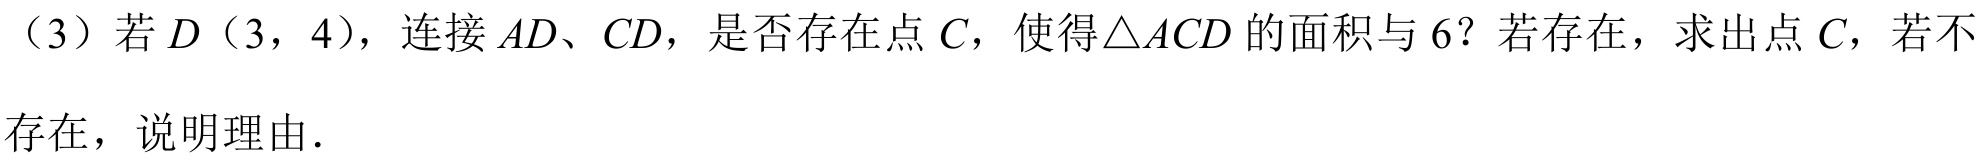
（3）若 \(D(3,4)\)，连接 \(AD\)、\(CD\)，是否存在点 \(C\)，使得\(\triangle ACD\) 的面积与 \(6\)？若存在，求出点 \(C\)，若不存在，说明理由．